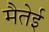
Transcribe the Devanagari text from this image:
मैतेई